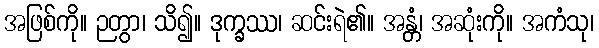
အဖြစ်ကို။ ဉတွာ၊ သိ၍။ ဒုက္ခဿ၊ ဆင်းရဲ၏။ အန္တံ၊ အဆုံးကို။ အကံသု၊